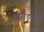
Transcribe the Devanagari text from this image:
बांगडवा